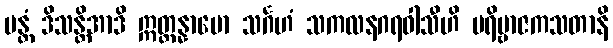
မန္တံ ဒိသန္တိအာဒိ ဣတ္ထန္နာမော သင်္ဂဟံ သကလနဂရဝါသီဟိ ပရိဗ္ဗာဇကသတာနိ